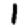
Digit: 1